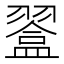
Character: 𥂨